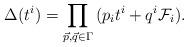
LaTeX: \begin{align*}\Delta(t^i) = \prod_{\vec{p}, \vec{q} \in \Gamma} \, (p_i t^i + q^i \mathcal{F}_i). \end{align*}